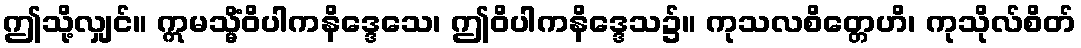
ဤသို့လျှင်။ ဣမသ္မိံဝိပါကနိဒ္ဒေသေ၊ ဤဝိပါကနိဒ္ဒေသ၌။ ကုသလစိတ္တေဟိ၊ ကုသိုလ်စိတ်